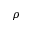
\rho